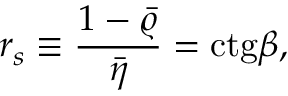
r _ { s } \equiv { \frac { 1 - \bar { \varrho } } { \bar { \eta } } } = \mathrm { c t g } \beta ,